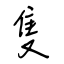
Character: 隻